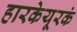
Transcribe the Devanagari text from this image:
हारकेयूरकं